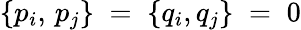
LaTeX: \{ p_{i},\, p_{j}\} \; =\; \{ q_{i},q_{j}\} \; =\; 0